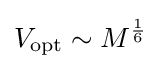
V_{\text{opt}}\sim M^{\frac {1}{6}}